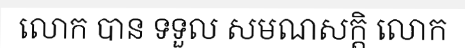
លោក បាន ទទួល សមណសក្តិ លោក